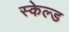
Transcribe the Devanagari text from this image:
स्केल्ड